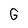
Character: G